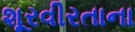
શૂરવીરતાના